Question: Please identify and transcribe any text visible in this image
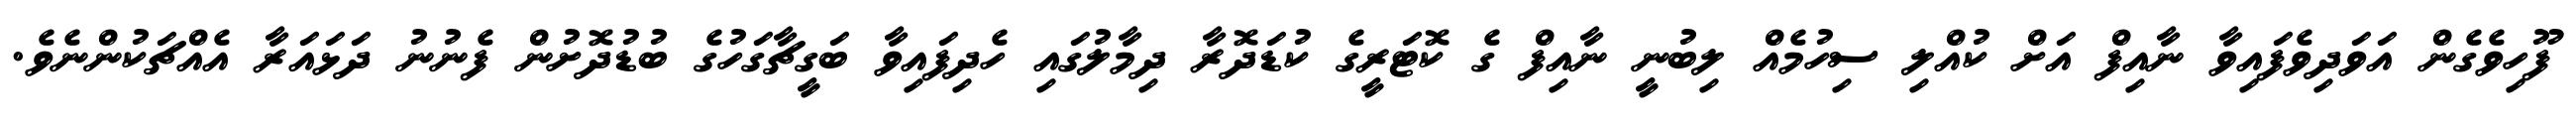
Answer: ފޫހިވެގެން އަވަދިވެފައިވާ ނާއިފް އަށް ކުއްލި ސިހުމެއް ލިބުނީ ނާއިފް ގެ ކޮޓަރީގެ ކުޑަދޮރާ ދިމާލުގައި ހެދިފައިވާ ބަގީޗާގަހުގެ ބުޑުދޮށުން ފެނުނު ދަޅައަރާ އެއްޗަކުންނެވެ.